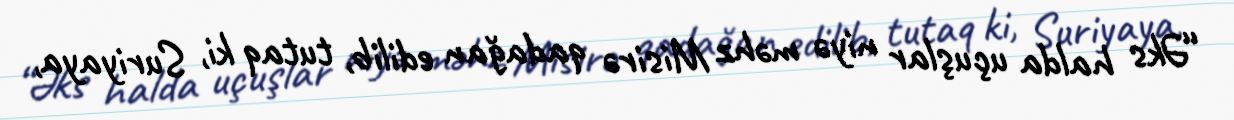
“Əks halda uçuşlar niyə məhz Misirə qadağan edilib, tutaq ki, Suriyaya,